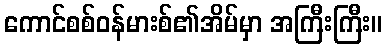
ကောင်စစ်ဝန်မားစ်၏အိမ်မှာ အကြီးကြီး။